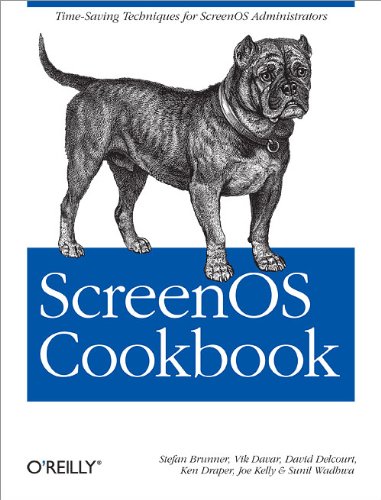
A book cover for ScreenOS Cookbook; Stefan Brunner; Computers & Technology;